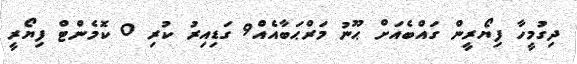
ދިގުމީހާ ފިޔޯރީން ގައްބެއަށް ޙޫނު މަރްޙަބާއެއް9 ގަޑިއިރު ކުރި 0 ކޮމެންޓް ފިޔޯރީ